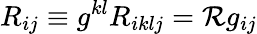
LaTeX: R_{ij}\equiv g^{kl}R_{iklj}=\mathcal{R}g_{ij}